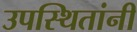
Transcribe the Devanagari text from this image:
उपस्थितांनी